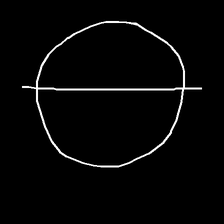
Glyph: orb